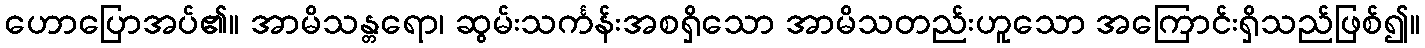
ဟောပြောအပ်၏။ အာမိသန္တရော၊ ဆွမ်းသင်္ကန်းအစရှိသော အာမိသတည်းဟူသော အကြောင်းရှိသည်ဖြစ်၍။